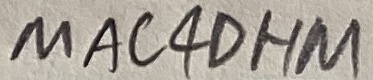
Text: MAC4OHM